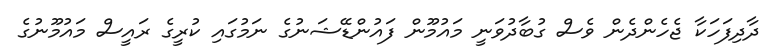
ދާދިފަހަކާ ޖެހެންދެން ވެސް ގުބާދުވަނީ މައުމޫން ފައުންޑޭޝަނުގެ ނަމުގައި ކުރީގެ ރައީސް މައުމޫނުގެ